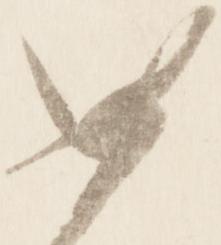
如